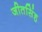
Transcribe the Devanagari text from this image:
जीतसिंह